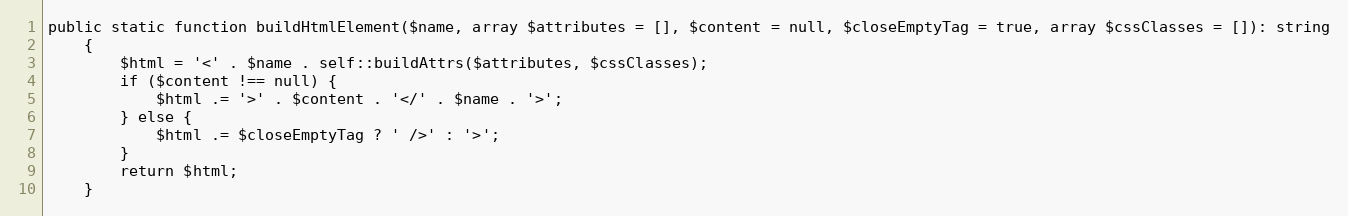
Language: PHP
public static function buildHtmlElement($name, array $attributes = [], $content = null, $closeEmptyTag = true, array $cssClasses = []): string
    {
        $html = '<' . $name . self::buildAttrs($attributes, $cssClasses);
        if ($content !== null) {
            $html .= '>' . $content . '</' . $name . '>';
        } else {
            $html .= $closeEmptyTag ? ' />' : '>';
        }
        return $html;
    }